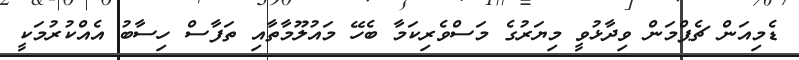
ޑެމިއަން ޗެޕްމަން ވިދާޅުވީ މިޔަރުގެ މަސްވެރިކަމާ ބެހޭ މައުލޫމާތާއި ތަފާސް ހިސާބު އެއްކުރުމަކީ